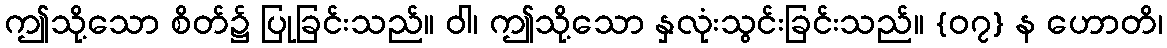
ဤသို့သော စိတ်၌ ပြုခြင်းသည်။ ဝါ၊ ဤသို့သော နှလုံးသွင်းခြင်းသည်။ {၀၇} န ဟောတိ၊